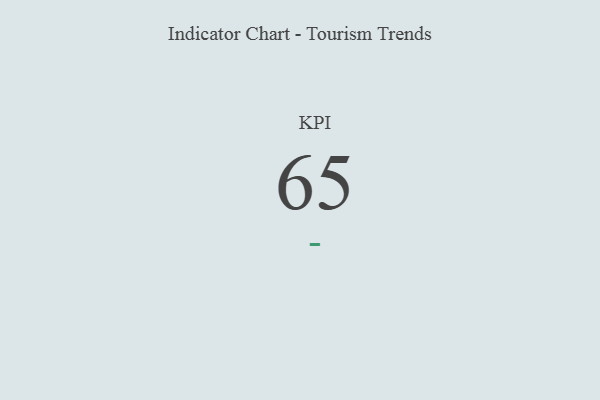
{"axis": {"x": "KPI", "y": "Value"}, "legend": [""], "data": [{"x": "KPI", "y": 65, "type": ""}]}